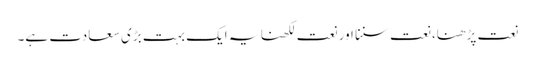
نعت پڑھنا، نعت سننا اور نعت لکھنا یہ ایک بہت بڑی سعادت ہے۔